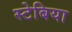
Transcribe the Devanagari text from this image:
स्टेबिया